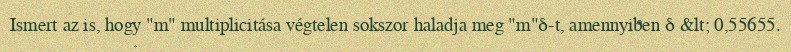
Ismert az is, hogy "m" multiplicitása végtelen sokszor haladja meg "m"δ-t, amennyiben δ &lt; 0,55655.